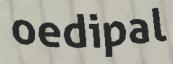
oedipal